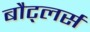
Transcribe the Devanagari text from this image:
बौट्लर्स